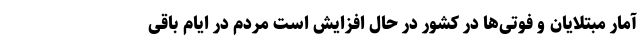
آمار مبتلایان و فوتی‌ها در کشور در حال افزایش است مردم در ایام باقی